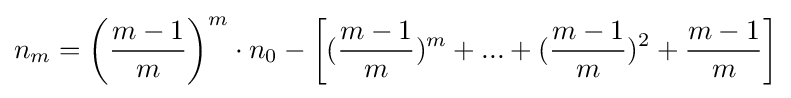
n_{m}=\left({\frac {m-1}{m}}\right)^{m}\cdot n_{0}-\left[({\frac {m-1}{m}})^{m}+...+({\frac {m-1}{m}})^{2}+{\frac {m-1}{m}}\right]